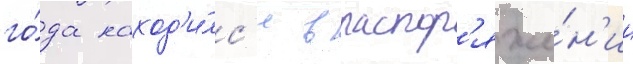
го́да наход'и́лс'я в распор'яже́н'ии